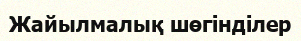
Жайылмалық шөгінділер